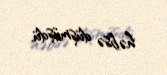
həbsə düşmüşdü.